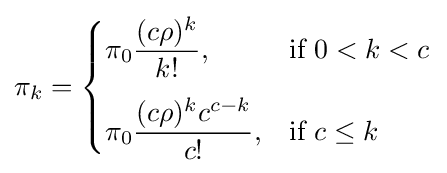
\pi _{k}={\begin{cases}\pi _{0}{\dfrac {(c\rho )^{k}}{k!}},&{\mbox{if }}0<k<c\\[10pt]\pi _{0}{\dfrac {(c\rho )^{k}c^{c-k}}{c!}},&{\mbox{if }}c\leq k\end{cases}}